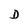
Character: D